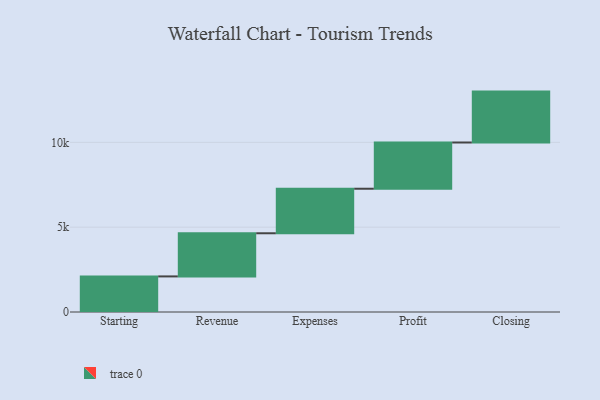
{"axis": {"x": "Step", "y": "Value"}, "legend": [""], "data": [{"x": "Starting", "y": 2098.0, "type": ""}, {"x": "Revenue", "y": 2543.0, "type": ""}, {"x": "Expenses", "y": 2625.0, "type": ""}, {"x": "Profit", "y": 2725.0, "type": ""}, {"x": "Closing", "y": 3000, "type": ""}]}